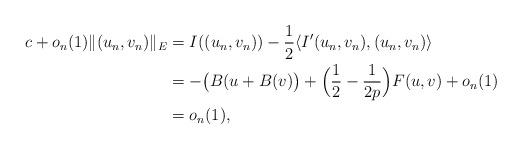
LaTeX: \begin{align*}c+o_{n}(1)\|(u_{n},v_{n})\|_{E}&=I((u_{n},v_{n}))-\frac{1}{2}\langle I'(u_{n},v_{n}),(u_{n},v_{n})\rangle\\&=-\big(B(u+B(v)\big)+\Big(\frac{1}{2}-\frac{1}{2p}\Big)F(u,v)+o_{n}(1)\\&=o_{n}(1),\end{align*}